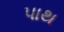
પાથ